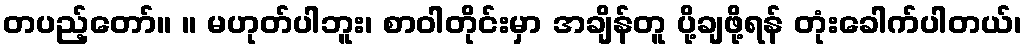
တပည့်တော်။ ။ မဟုတ်ပါဘူး၊ စာဝါတိုင်းမှာ အချိန်တူ ပို့ချဖို့ရန် တုံးခေါက်ပါတယ်၊